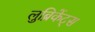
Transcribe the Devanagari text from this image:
लुब्रिकेंट्स